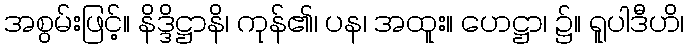
အစွမ်းဖြင့်။ နိဒ္ဒိဋ္ဌာနိ၊ ကုန်၏၊ ပန၊ အထူး။ ဟေဋ္ဌာ၊ ၌။ ရူပါဒီဟိ၊